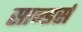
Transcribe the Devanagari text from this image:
सान्डर्स